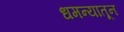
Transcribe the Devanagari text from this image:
धमन्यातून